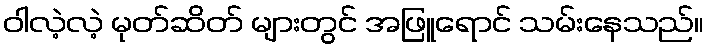
ဝါလဲ့လဲ့ မုတ်ဆိတ် များတွင် အဖြူရောင် သမ်းနေသည်။